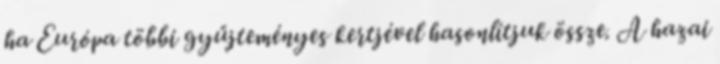
ha Európa többi gyűjteményes kertjével hasonlítjuk össze. A hazai